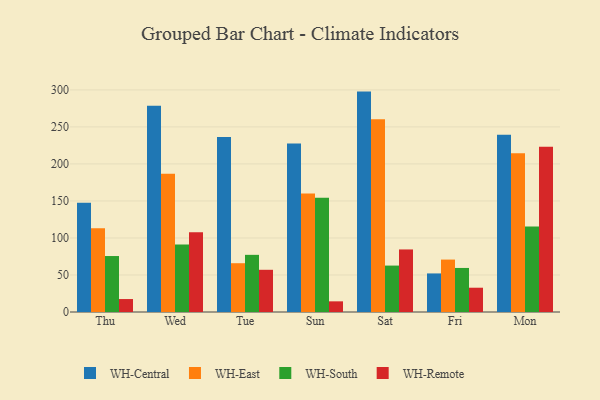
{"axis": {"x": "Day", "y": "Website Visitors"}, "legend": ["WH-Central", "WH-East", "WH-Remote", "WH-South"], "data": [{"x": "Thu", "y": 147.4, "type": "WH-Central"}, {"x": "Thu", "y": 113.0, "type": "WH-East"}, {"x": "Thu", "y": 75.6, "type": "WH-South"}, {"x": "Thu", "y": 17.5, "type": "WH-Remote"}, {"x": "Wed", "y": 278.7, "type": "WH-Central"}, {"x": "Wed", "y": 186.9, "type": "WH-East"}, {"x": "Wed", "y": 91.2, "type": "WH-South"}, {"x": "Wed", "y": 107.7, "type": "WH-Remote"}, {"x": "Tue", "y": 236.5, "type": "WH-Central"}, {"x": "Tue", "y": 65.9, "type": "WH-East"}, {"x": "Tue", "y": 77.2, "type": "WH-South"}, {"x": "Tue", "y": 57.0, "type": "WH-Remote"}, {"x": "Sun", "y": 227.5, "type": "WH-Central"}, {"x": "Sun", "y": 160.1, "type": "WH-East"}, {"x": "Sun", "y": 154.2, "type": "WH-South"}, {"x": "Sun", "y": 14.4, "type": "WH-Remote"}, {"x": "Sat", "y": 297.7, "type": "WH-Central"}, {"x": "Sat", "y": 260.4, "type": "WH-East"}, {"x": "Sat", "y": 62.7, "type": "WH-South"}, {"x": "Sat", "y": 84.5, "type": "WH-Remote"}, {"x": "Fri", "y": 52.1, "type": "WH-Central"}, {"x": "Fri", "y": 70.8, "type": "WH-East"}, {"x": "Fri", "y": 59.5, "type": "WH-South"}, {"x": "Fri", "y": 32.8, "type": "WH-Remote"}, {"x": "Mon", "y": 239.5, "type": "WH-Central"}, {"x": "Mon", "y": 214.4, "type": "WH-East"}, {"x": "Mon", "y": 115.5, "type": "WH-South"}, {"x": "Mon", "y": 223.3, "type": "WH-Remote"}]}